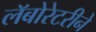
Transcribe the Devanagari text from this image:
लॅबोरेटरीने